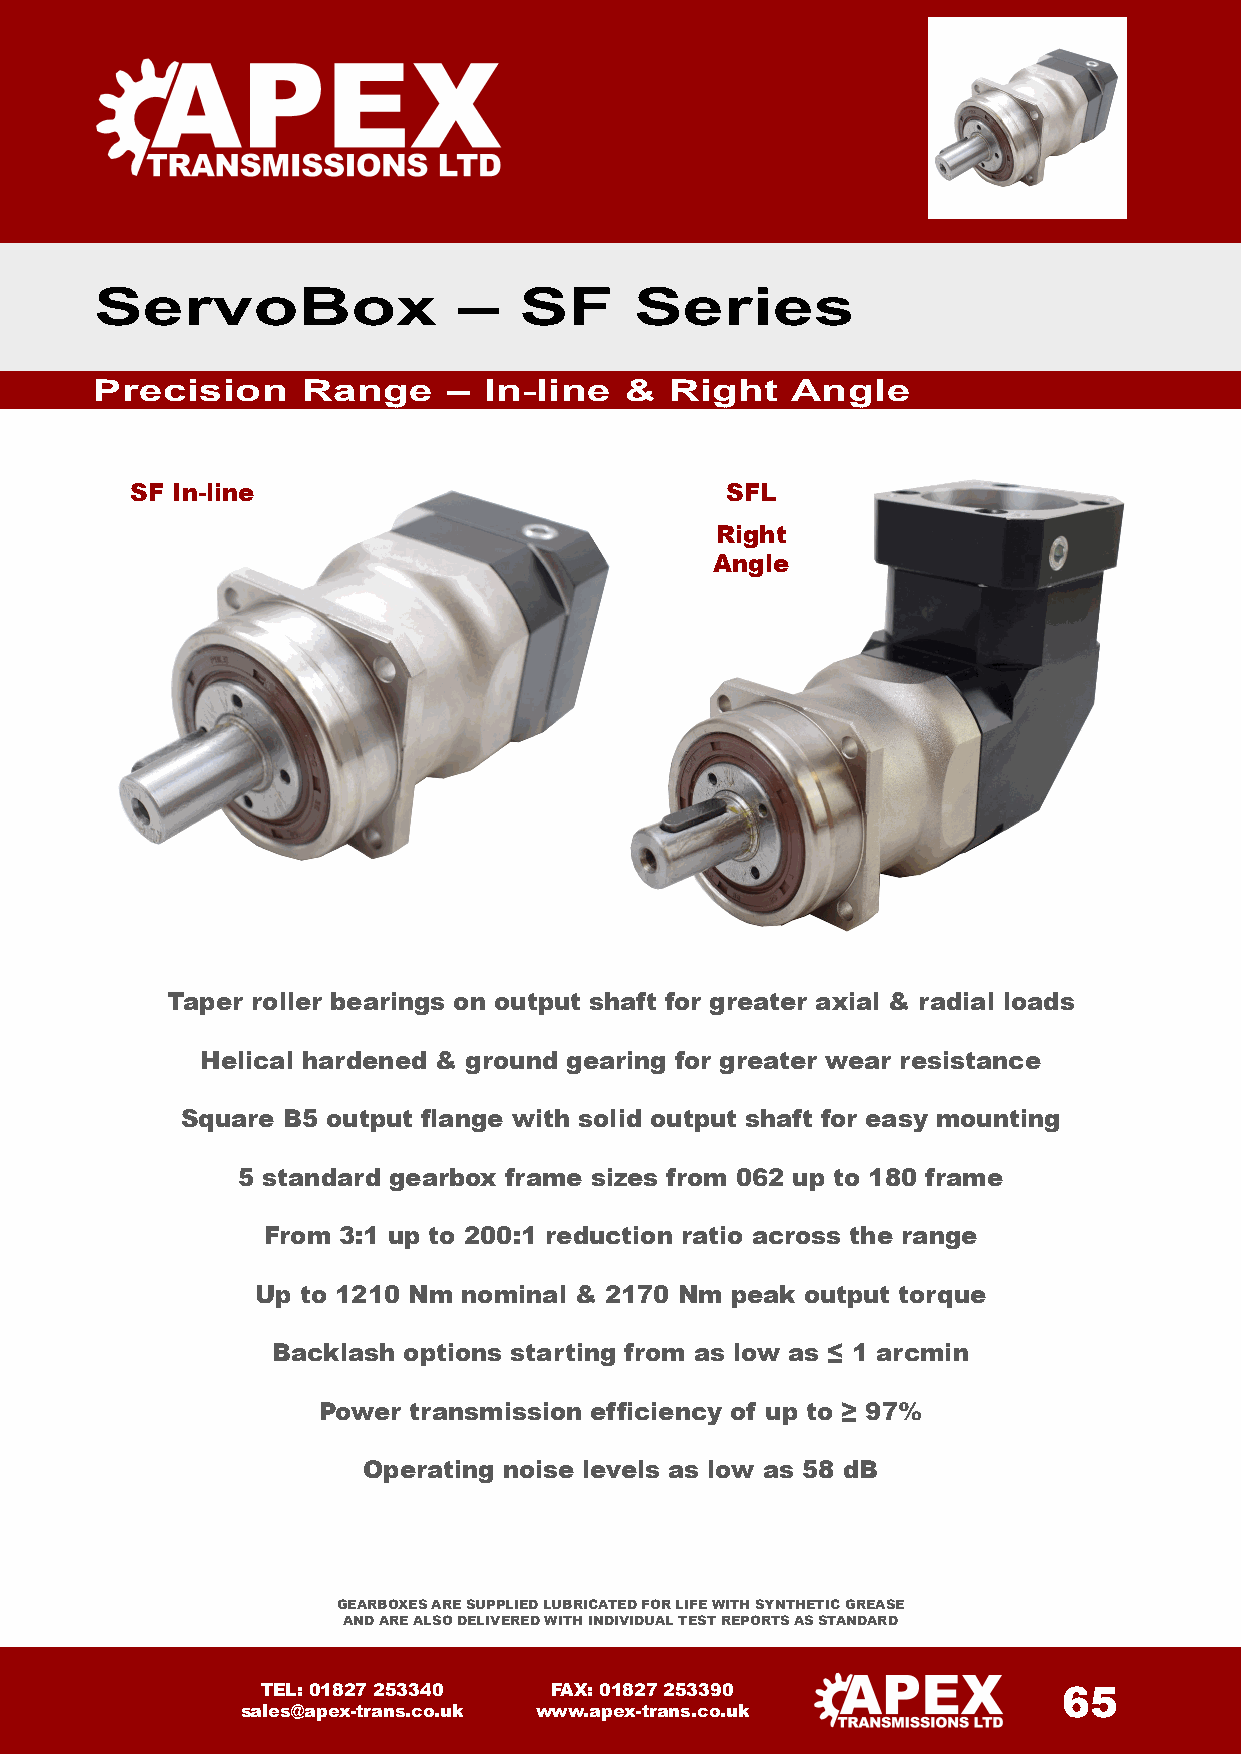
ServoBox                –   SF      Series
 Precision     Range     – In-line  &  Right   Angle
 SF In-line                             SFL
 Right
 Angle
 Taper roller bearings on output shaft for greater axial & radial loads
 Helical hardened & ground gearing for greater wear resistance
 Square B5 output flange with solid output shaft for easy mounting
 5 standard gearbox frame sizes from 062 up to 180 frame
 From 3:1 up to 200:1 reduction ratio across the range
 Up to 1210 Nm nominal & 2170 Nm peak output torque
 Backlash options starting from as low as ≤ 1 arcmin
 Power transmission efficiency of up to ≥ 97%
 Operating noise levels as low as 58 dB
 GEARBOXES ARE SUPPLIED LUBRICATED FOR LIFE WITH SYNTHETIC GREASE
 AND ARE ALSO DELIVERED WITH INDIVIDUAL TEST REPORTS AS STANDARD
 TEL: 01827 253340  FAX: 01827 253390                 65
 sales@apex-trans.co.uk www.apex-trans.co.uk